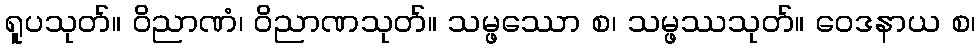
ရူပသုတ်။ ဝိညာဏံ၊ ဝိညာဏသုတ်။ သမ္ဖဿော စ၊ သမ္ဖဿသုတ်။ ဝေဒနာယ စ၊